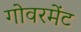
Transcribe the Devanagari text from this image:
गोवरमेंट